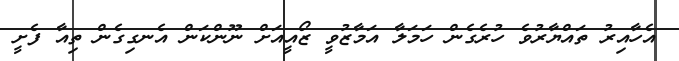
އެހާއިރު ތައްޔާރުވެ ހުރެގެން ހަމަލާ އަމާޒުވީ ޒޯއީއަށް ނޫންކަން އެނގިގެން ތިއާ ފެށީ